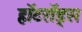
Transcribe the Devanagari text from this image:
हॉटरॉड्स